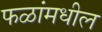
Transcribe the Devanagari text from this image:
फळांमधील